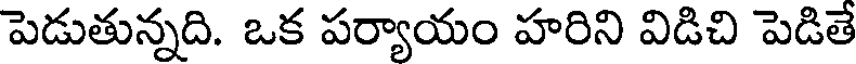
పెడుతున్నది. ఒక పర్యాయం హరిని విడిచి పెడితే